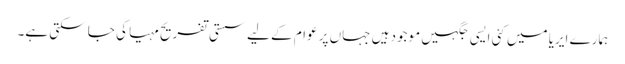
ہمارے ایریا میں کئی ایسی جگہیں موجود ہیں جہاں پر عوام کے لیے سستی تفریح مہیا کی جا سکتی ہے۔